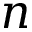
n